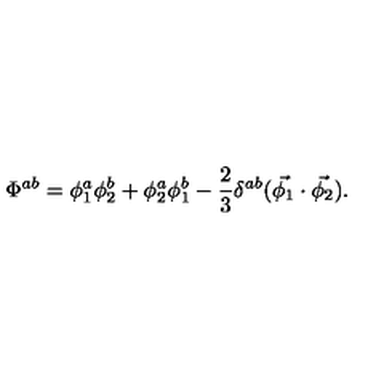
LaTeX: \Phi ^ { a b } = \phi _ { 1 } ^ { a } \phi _ { 2 } ^ { b } + \phi _ { 2 } ^ { a } \phi _ { 1 } ^ { b } - \frac { 2 } { 3 } \delta ^ { a b } ( \vec { \phi _ { 1 } } \cdot \vec { \phi _ { 2 } } ) .